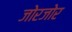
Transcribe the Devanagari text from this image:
जोरजोर